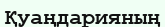
Қуаңдарияның